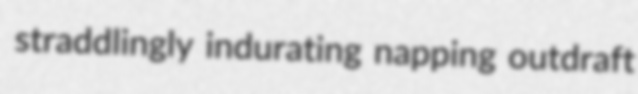
straddlingly indurating napping outdraft